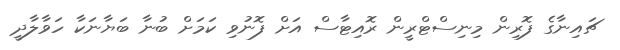
ޗައިނާގެ ފޮރިން މިނިސްޓްރީން ރޮއިޓާސް އަށް ފޮނުވި ކަމަށް ބުނާ ބަޔާނަކާ ހަވާލާދީ